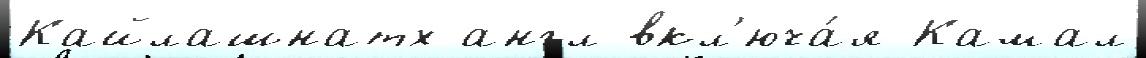
Кайлашнатх англ вкл'юча́я Камал